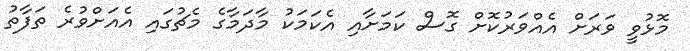
މޮޅުވީ ވަރަށް އެއްވަރުކޮށް ގޮސް ކަމަށާއި އެކަމަކު މާދަމާގެ މެޗުގައި އެއަށްވުރެ ތަފާތު